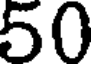
50